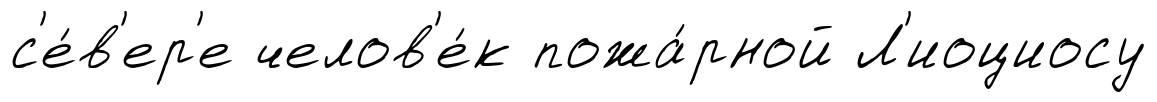
с'е́в'ер'е челов'е́к пожа́рной Л'иоциосу